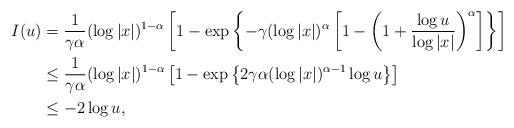
LaTeX: \begin{align*}I(u) & = \frac{1}{\gamma \alpha} (\log |x|)^{1-\alpha} \left[1 - \exp \left\{ - \gamma (\log |x|)^\alpha \left[ 1- \left( 1 + \frac{\log u}{\log |x|} \right)^\alpha \right] \right\} \right] \\& \leq \frac{1}{\gamma \alpha} (\log |x|)^{1-\alpha} \left[1 - \exp \left\{ 2 \gamma \alpha (\log |x|)^{\alpha-1} \log u \right\} \right] \\& \leq - 2 \log u,\end{align*}